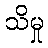
သိမှု